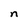
Character: n